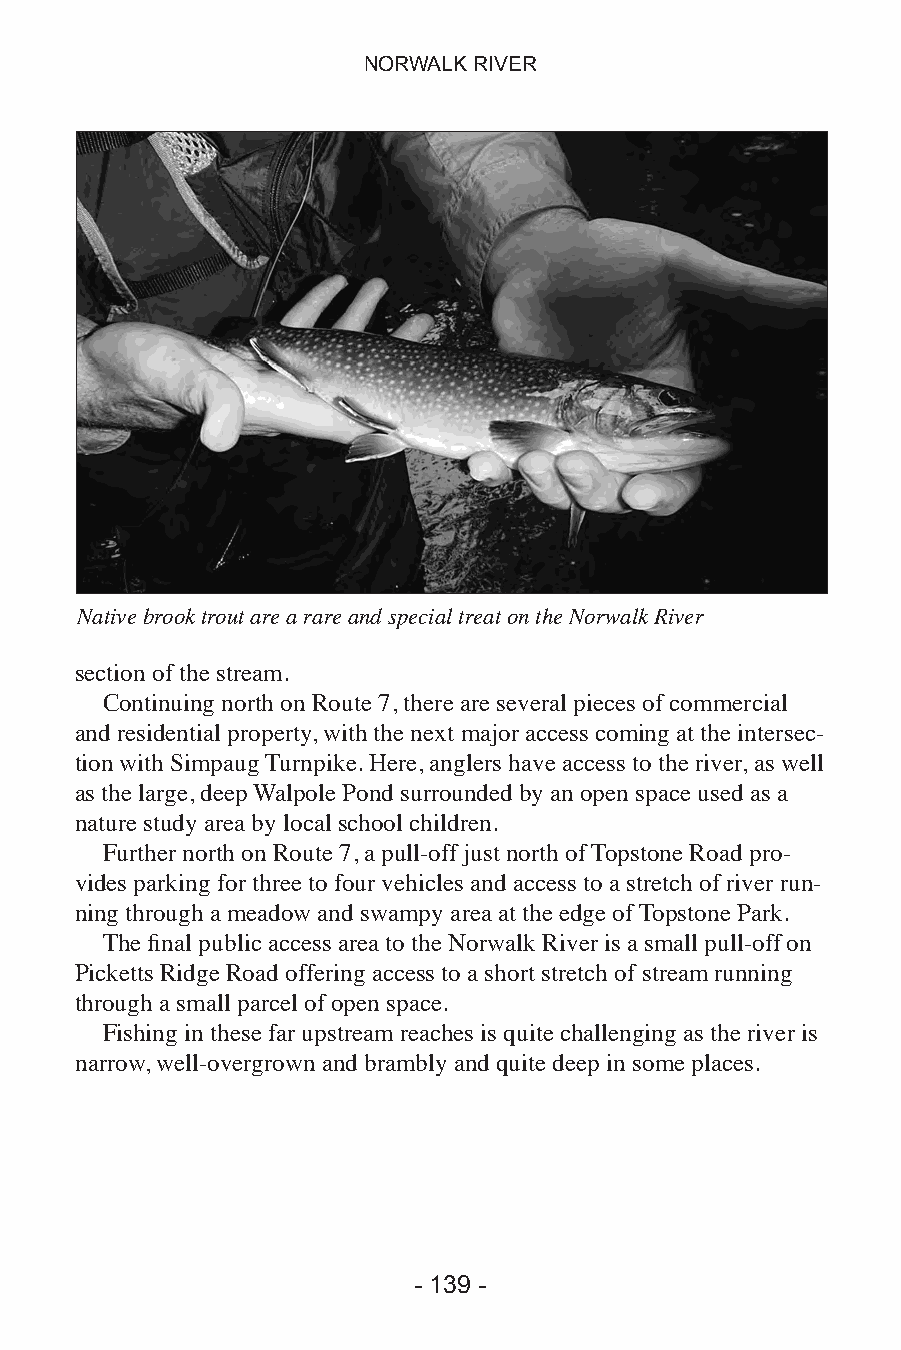
NORWALK RIVER
 Native brook trout are a rare and special treat on the Norwalk River
 section of the stream.
 Continuing north on Route 7, there are several pieces of commercial
 and residential property, with the next major access coming at the intersec-
 tion with Simpaug Turnpike. Here, anglers have access to the river, as well
 as the large, deep Walpole Pond surrounded by an open space used as a
 nature study area by local school children.
 Further north on Route 7, a pull-off just north of Topstone Road pro-
 vides parking for three to four vehicles and access to a stretch of river run-
 ning through a meadow and swampy area at the edge of Topstone Park.
 The final public access area to the Norwalk River is a small pull-off on
 Picketts Ridge Road offering access to a short stretch of stream running
 through a small parcel of open space.
 Fishing in these far upstream reaches is quite challenging as the river is
 narrow, well-overgrown and brambly and quite deep in some places.
 - 138 -                    - 139 -